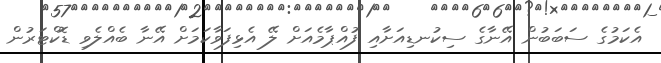
އެކަމުގެ ސަބަބުން އޭނާގެ ސިކުނޑިއަށާއި ފުއްޕާމެއަށް ލޭ އެޅިފަވާކަމަށް އޭނާ ބެއްލެވި ޑޮކްޓަރުން